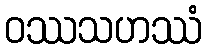
ဝဿသဟဿံ